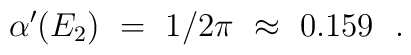
\alpha'(E_2) ~=~ 1/2\pi ~ \approx ~ 0.159  ~~.